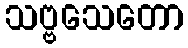
သဗ္ဗသေတော